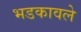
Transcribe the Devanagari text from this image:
भडकावले